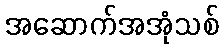
အဆောက်အအုံသစ်